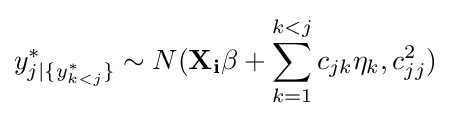
y_{j|\{y_{k<j}^{*}\}}^{*}\sim N(\mathbf {X_{i}\beta } +\sum _{k=1}^{k<j}c_{jk}\eta _{k},c_{jj}^{2})